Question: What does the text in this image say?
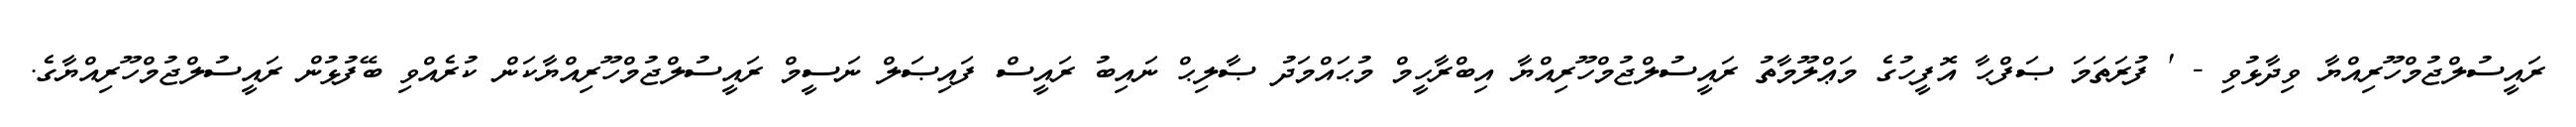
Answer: ރައީސުލްޖުމްހޫރިއްޔާ ވިދާޅުވި - ' ފުރަތަމަ ޞަފްޙާ އޮފީހުގެ މަޢްލޫމާތު ރައީސުލްޖުމްހޫރިއްޔާ އިބްރާހީމް މުޙައްމަދު ޞާލިޙް ނައިބު ރައީސް ފައިޞަލް ނަސީމް ރައީސުލްޖުމްހޫރިއްޔާކަން ކުރެއްވި ބޭފުޅުން ރައީސުލްޖުމްހޫރިއްޔާގެ.